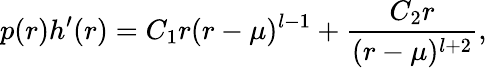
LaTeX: p(r)h^{\prime}(r)=C_{1}r(r-\mu)^{l-1}+{\frac{C_{2}r}{(r-\mu)^{l+2}}},